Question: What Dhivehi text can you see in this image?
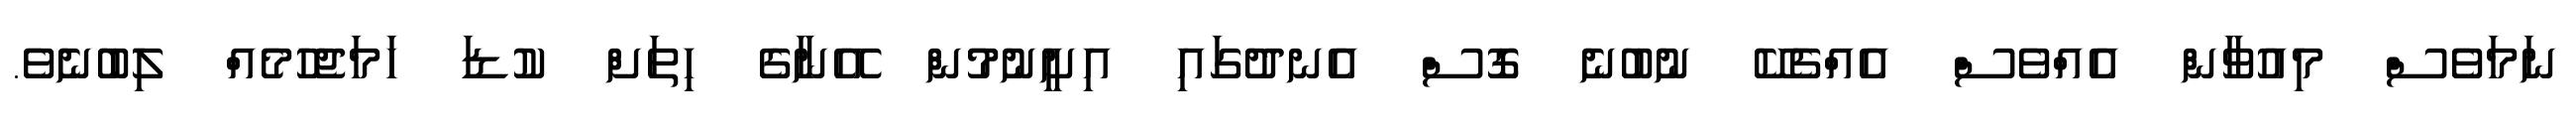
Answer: ނަމަވެސް މިއުވާން އެއްވެސް އެއްޗެކޭ ނުބުނެ ގޮސް އެނދުގައި އިށީނުމުން އޭނާގެ ހިތަށް ކުޑަ ހަމަޖެހުމެއް ލިބުނެވެ.